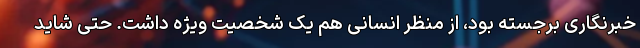
خبرنگاری برجسته بود، از منظر انسانی هم یک شخصیت ویژه داشت. حتی شاید